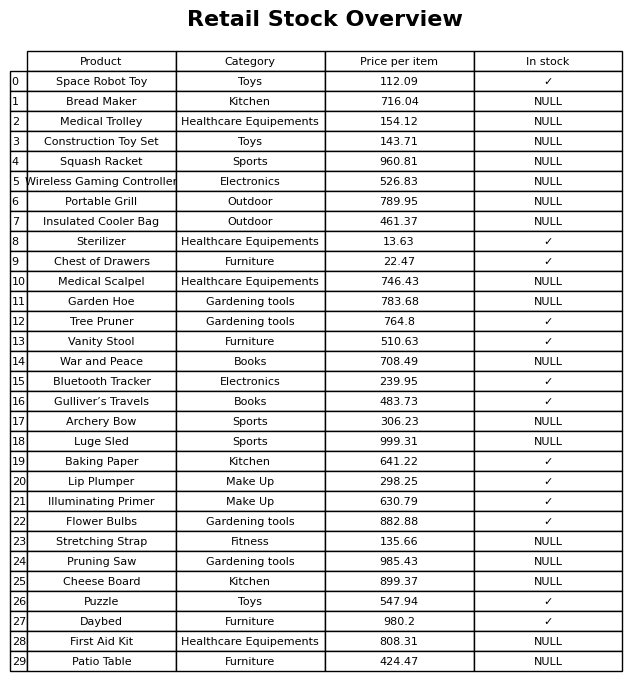
question: What category does the Cheese Board belong to?
answer: Kitchen